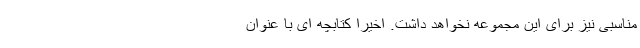
مناسبی نیز برای این مجموعه نخواهد داشت. اخیرا کتابچه ای با عنوان